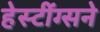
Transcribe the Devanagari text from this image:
हेस्टींग्सने